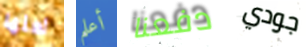
لعلها أعلم دفعنا جودي